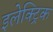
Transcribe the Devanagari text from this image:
इलेक्‍ट्रिक